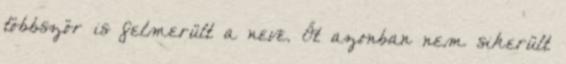
többször is felmerült a neve. Őt azonban nem sikerült